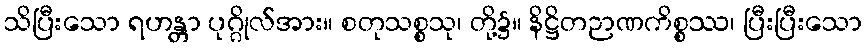
သိပြီးသော ရဟန္တာ ပုဂ္ဂိုလ်အား။ စတုသစ္စသု၊ တို့၌။ နိဋ္ဌိတဉာဏကိစ္စဿ၊ ပြီးပြီးသော